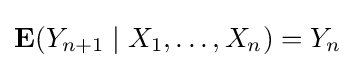
\mathbf {E} (Y_{n+1}\mid X_{1},\ldots ,X_{n})=Y_{n}